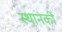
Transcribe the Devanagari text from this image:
स्‍थानकी